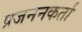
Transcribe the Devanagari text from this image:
प्रजननकर्ता